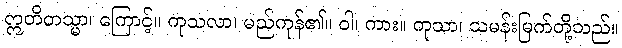
ဣတိတသ္မာ၊ ကြောင့်။ ကုသလာ၊ မည်ကုန်၏။ ဝါ၊ ကား။ ကုသာ၊ သမန်းမြက်တို့သည်။